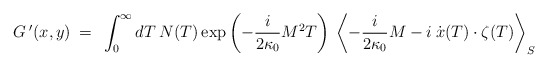
\begin{align*}G \> ' (x,y) \> = \>\> \int_0^{\infty} dT \> N(T) \exp \left ( - \frac{i}{2 \kappa_0} M^2 T \right) \> \left < - \frac{i}{2 \kappa_0} M - i\> \dot x(T) \cdot \zeta (T) \right >_S \end{align*}